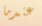
عندما